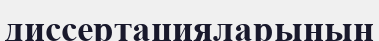
диссертацияларының